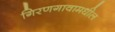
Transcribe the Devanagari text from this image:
गिरणगावामधील